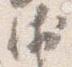
衛